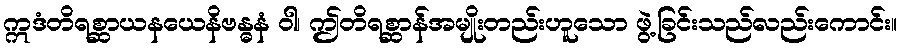
ဣဒံတိရစ္ဆာယနယေနိဗန္ဓနံ ဝါ၊ ဤတိရစ္ဆာန်အမျိုးတည်းဟူသော ဖွဲ့ခြင်းသည်လည်းကောင်း။